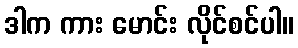
ဒါက ကား မောင်း လိုင်စင်ပါ။